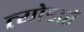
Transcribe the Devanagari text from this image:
त्योहारें